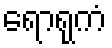
ရောရုကံ